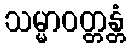
သမ္မာဝတ္တန္တံ